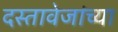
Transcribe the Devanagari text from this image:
दस्तावेजांच्या